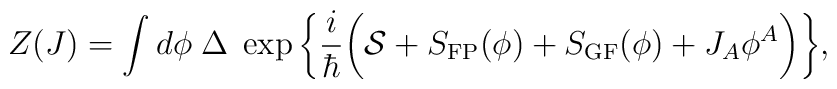
Z(J)=\int d\phi\;\Delta\;\exp\bigg\{\frac{i}{\hbar}\bigg({\cal S}+ S_{\rm FP}(\phi)+S_{\rm GF}(\phi)+J_A\phi^A\bigg)\bigg\},